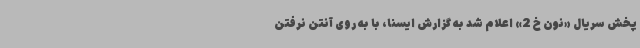
پخش سریال «نون خ 2» اعلام شد به گزارش ایسنا، با به روی آنتن نرفتن